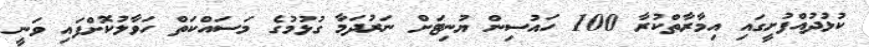
ކުޅުދުއްފުށީގައި އިމާރާތްކުރާ 100 ހައުސިން ޔުނިޓަށް ނަރުދަމާ ގުޅުމުގެ މަސައްކަތް ހަވާލުކޮށްފައި ވަނީ